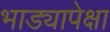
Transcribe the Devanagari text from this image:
भाड्यापेक्षा